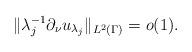
LaTeX: \begin{align*}\|\lambda_j^{-1} \partial_\nu u_{\lambda_j} \|_{L^2(\Gamma)}=o(1).\end{align*}